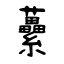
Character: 虆